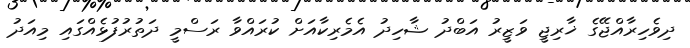
ދިވެހިރާއްޖޭގެ ޚާރިޖީ ވަޒީރު އަބްދު ޝާހިދު އެމެރިކާއަށް ކުރައްވާ ރަސްމީ ދަތުރުފުޅެއްގައި މިއަދު